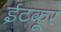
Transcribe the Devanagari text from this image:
ईटकूर